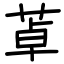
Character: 䓬